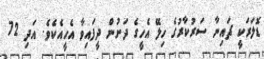
ޑޮލަރަކީ ޗައިނާ ސަރުކާރުގެ ހިލޭ އެހީގެ ދަށުން ދީފައިވާ އެހީއެކެވެ. އަދި 72